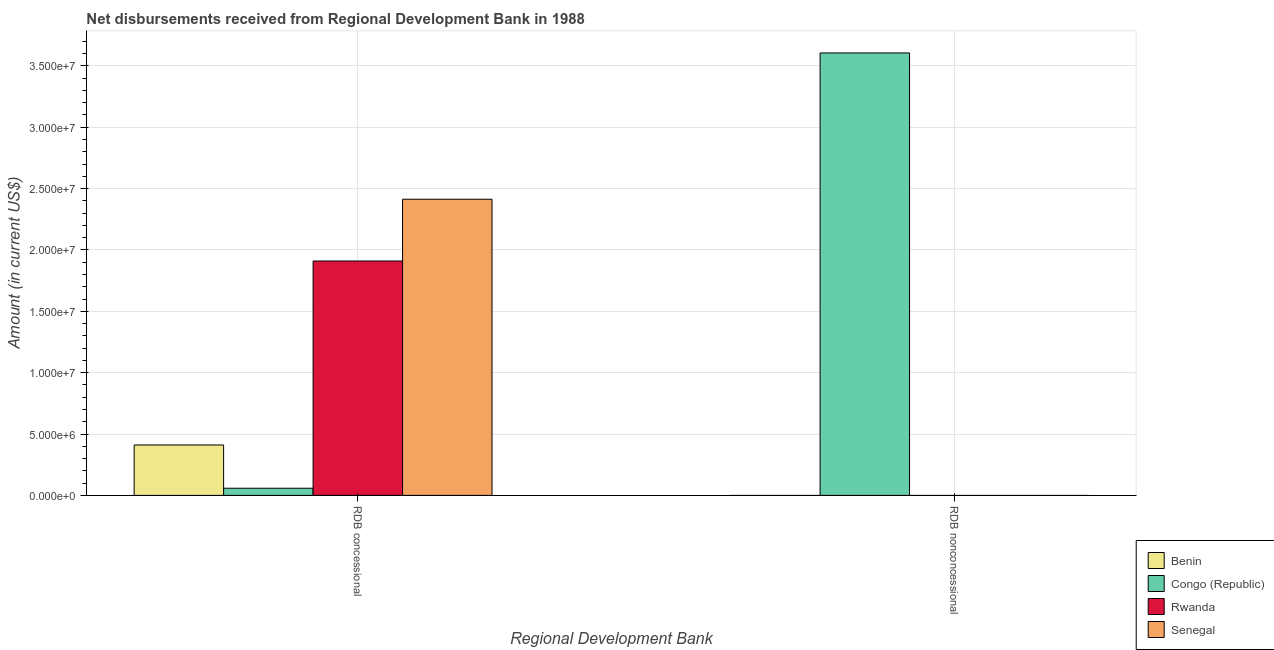
| Regional Development Bank | Benin | Congo (Republic) | Rwanda | Senegal |
 | --- | --- | --- | --- | --- |
 | RDB concessional | 4.11e+06 | 5.84e+05 | 1.91e+07 | 2.41e+07 |
 | RDB nonconcessional | -9.08e+05 | 3.60e+07 | -1.76e+05 | -3.31e+05 |